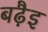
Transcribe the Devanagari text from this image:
बढ़ैइ